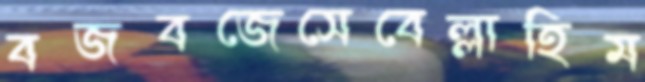
বজবজেসেবেল্লাহিম